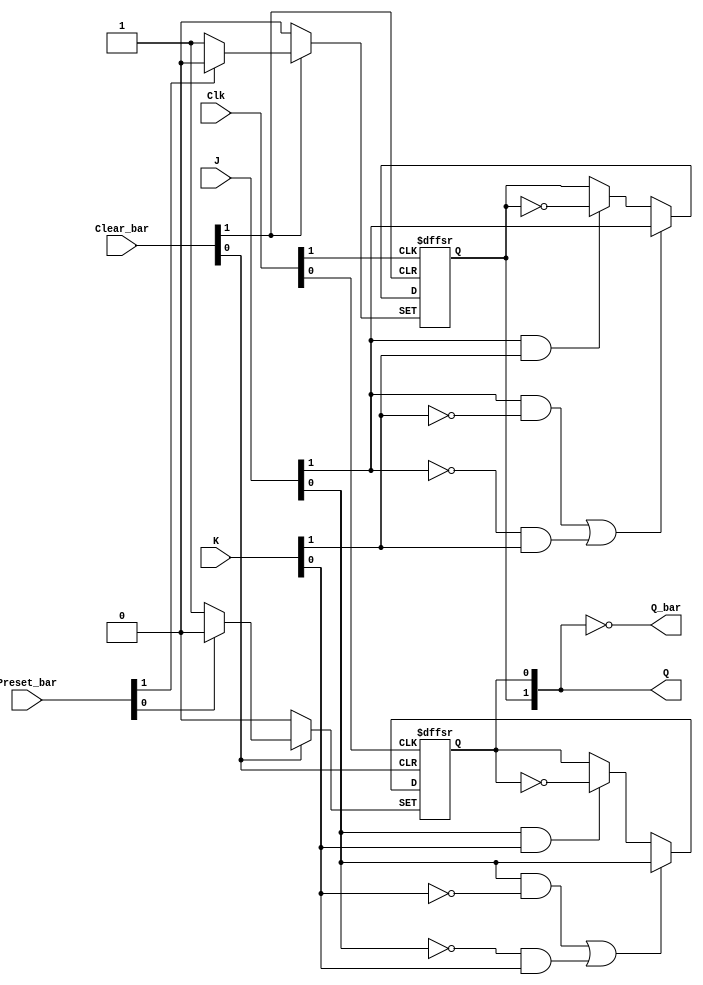
// Dual J-K flip-flop with set and clear; negative-edge-triggered

// Note: Preset_bar is synchronous, not asynchronous as specified in datasheet for this device,
//       in order to meet requirements for FPGA circuit design (see IceChips Technical Notes)
`default_nettype none
`timescale 1ns/1ns

module ttl_74112 #(parameter BLOCKS = 2, DELAY_RISE = 0, DELAY_FALL = 0)
(
  input wire [BLOCKS-1:0] Preset_bar,
  input wire [BLOCKS-1:0] Clear_bar,
  input wire [BLOCKS-1:0] J,
  input wire [BLOCKS-1:0] K,
  input wire [BLOCKS-1:0] Clk,
  output wire [BLOCKS-1:0] Q,
  output wire [BLOCKS-1:0] Q_bar
);

//------------------------------------------------//
reg [BLOCKS-1:0] Q_current;
//reg [BLOCKS-1:0] Preset_bar_previous;

generate
  genvar i;
  for (i = 0; i < BLOCKS; i = i + 1)
  begin: gen_blocks
    initial Q_current[i] = 1'b0; //supposition
    always @(negedge Clk[i] or negedge Clear_bar[i] or negedge Preset_bar[i])
    begin
      if (!Clear_bar[i])
        Q_current[i] <= 1'b0;
      //else if (!Preset_bar[i] && Preset_bar_previous[i])  // falling edge has occurred
      else if (!Preset_bar[i])  // falling edge has occurred
        Q_current[i] <= 1'b1;
      else
      begin
        if (J[i] && !K[i] || !J[i] && K[i])
          Q_current[i] <= J[i];
        else if (J[i] && K[i])
          Q_current[i] <= ~Q_current[i];
        else
          Q_current[i] <= Q_current[i];

        //Preset_bar_previous[i] <= Preset_bar[i];
      end
    end
  end
endgenerate
//------------------------------------------------//

assign #(DELAY_RISE, DELAY_FALL) Q = Q_current;
assign #(DELAY_RISE, DELAY_FALL) Q_bar = ~Q_current;

endmodule